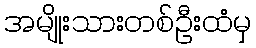
အမျိုးသားတစ်ဦးထံမှ